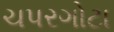
ચપરગોટા